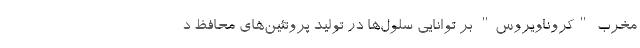
مخرب "کروناویروس" بر توانایی سلول‌ها در تولید پروتئین‌های محافظ د